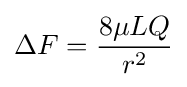
\Delta F={\frac {8\mu LQ}{r^{2}}}